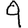
Digit: 9